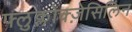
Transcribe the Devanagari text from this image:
फ्लुक्लोक्ज़ेसिलिन